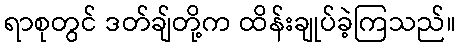
ရာစုတွင် ဒတ်ချ်တို့က ထိန်းချုပ်ခဲ့ကြသည်။